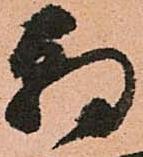
朝